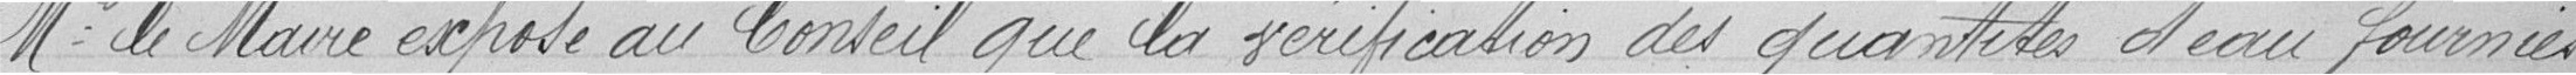
Monsieur le Maire expose au Conseil que la vérification des quantités d'eau fournies